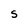
Character: S